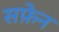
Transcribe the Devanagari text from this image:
सफ़ेन